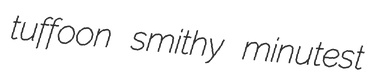
tuffoon smithy minutest